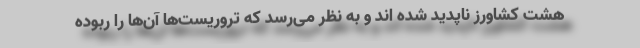
هشت کشاورز ناپدید شده اند و به نظر می‌رسد که تروریست‌ها آن‌ها را ربوده